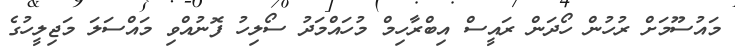
މައުސޫމަށް ރުހުން ހޯދަން ރައީސް އިބްރާހިމް މުހައްމަދު ސޯލިހު ފޮނުއްވި މައްސަލަ މަޖިލީހުގެ